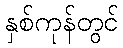
နှစ်ကုန်တွင်